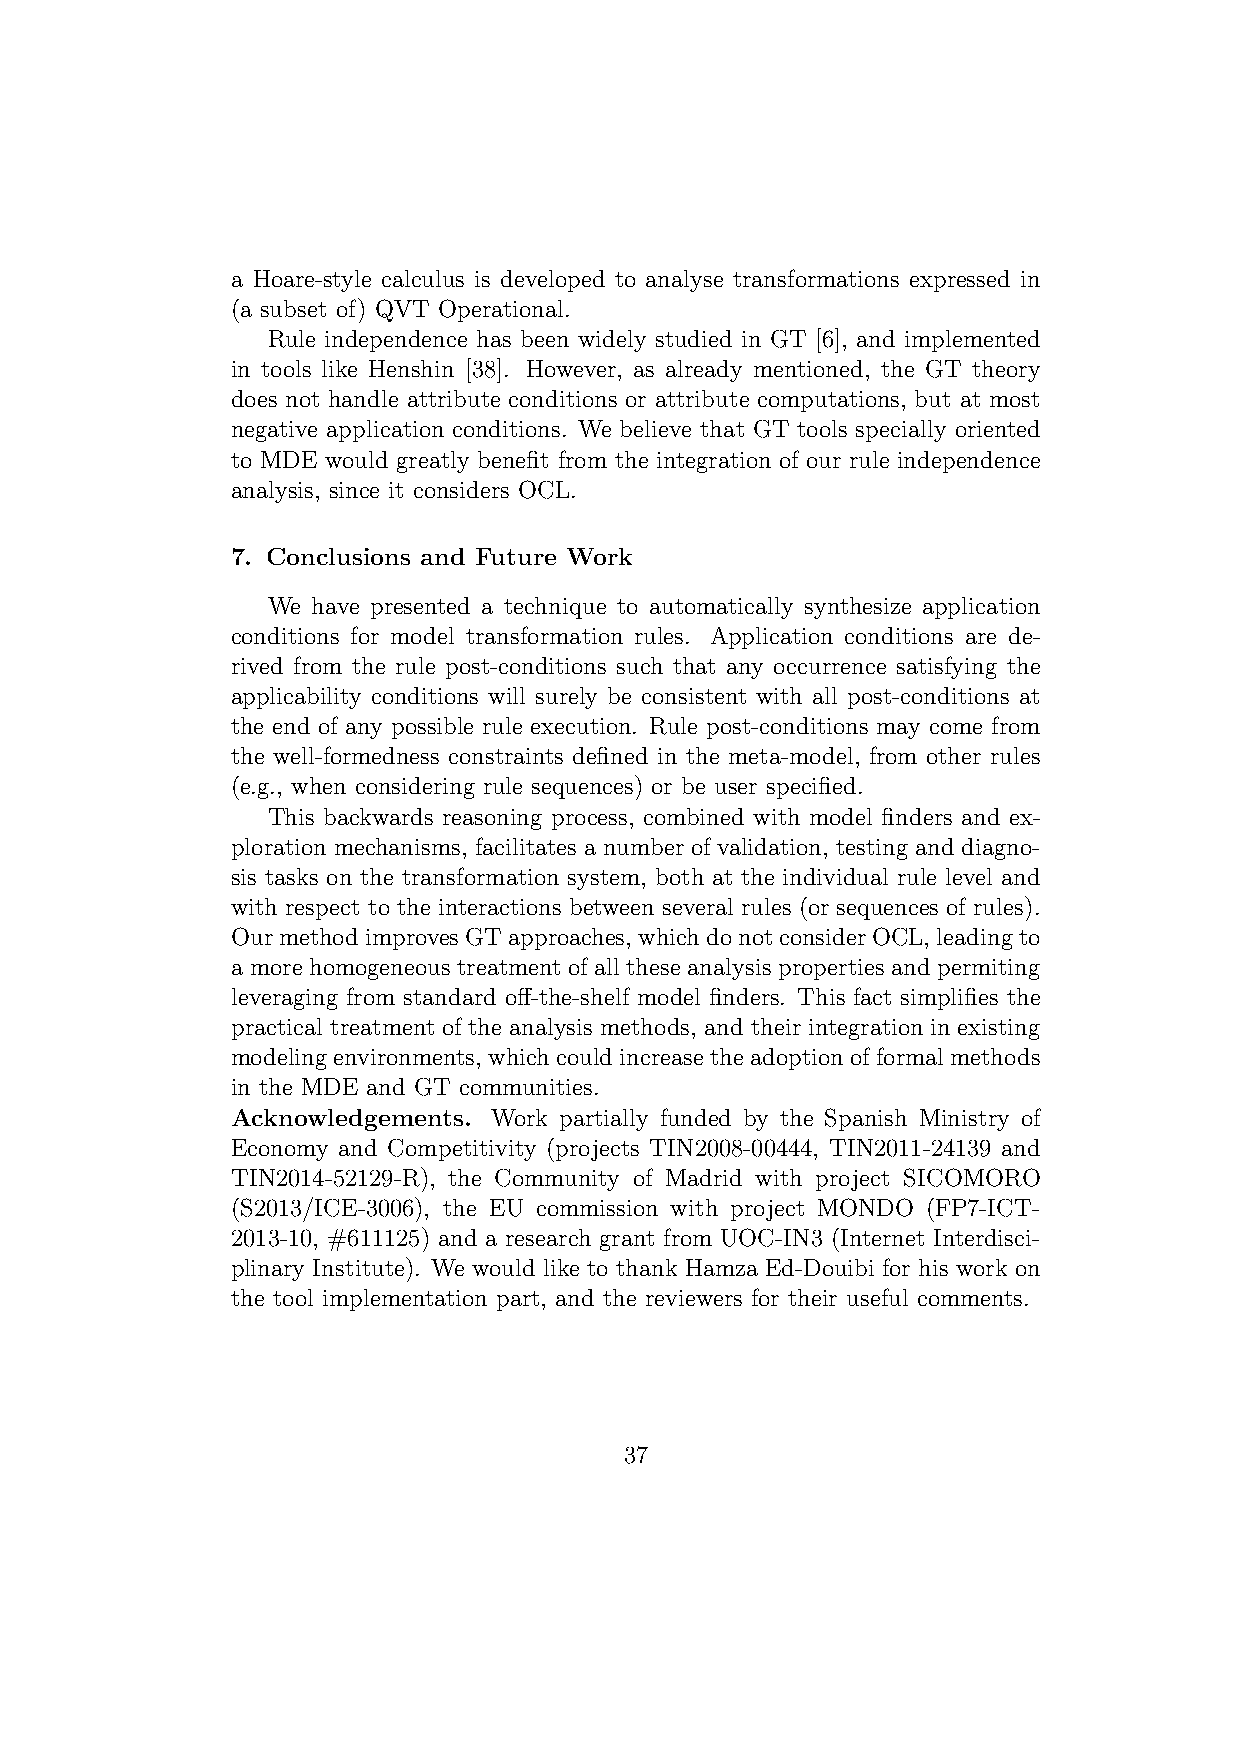
a Hoare-style calculus is developed to analyse transformations expressed in
 (a subset of) QVT Operational.
 Rule independence has been widely studied in GT [6], and implemented
 in tools like Henshin [38]. However, as already mentioned, the GT theory
 does not handle attribute conditions or attribute computations, but at most
 negative application conditions. We believe that GT tools specially oriented
 to MDE would greatly benefit from the integration of our rule independence
 analysis, since it considers OCL.
 7. Conclusions and Future Work
 We have presented a technique to automatically synthesize application
 conditions for model transformation rules. Application conditions are de-
 rived from the rule post-conditions such that any occurrence satisfying the
 applicability conditions will surely be consistent with all post-conditions at
 the end of any possible rule execution. Rule post-conditions may come from
 the well-formedness constraints defined in the meta-model, from other rules
 (e.g., when considering rule sequences) or be user specified.
 This backwards reasoning process, combined with model finders and ex-
 ploration mechanisms, facilitates a number of validation, testing and diagno-
 sis tasks on the transformation system, both at the individual rule level and
 with respect to the interactions between several rules (or sequences of rules).
 OurmethodimprovesGTapproaches, whichdonotconsiderOCL,leadingto
 a more homogeneous treatment of all these analysis properties and permiting
 leveraging from standard off-the-shelf model finders. This fact simplifies the
 practical treatment of the analysis methods, and their integration in existing
 modelingenvironments, whichcouldincreasetheadoptionofformalmethods
 in the MDE and GT communities.
 Acknowledgements. Work partially funded by the Spanish Ministry of
 Economy and Competitivity (projects TIN2008-00444, TIN2011-24139 and
 TIN2014-52129-R), the Community of Madrid with project SICOMORO
 (S2013/ICE-3006), the EU commission with project MONDO (FP7-ICT-
 2013-10, #611125) and a research grant from UOC-IN3 (Internet Interdisci-
 plinary Institute). We would like to thank Hamza Ed-Douibi for his work on
 the tool implementation part, and the reviewers for their useful comments.
 37